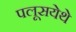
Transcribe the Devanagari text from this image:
पलूसयेथे